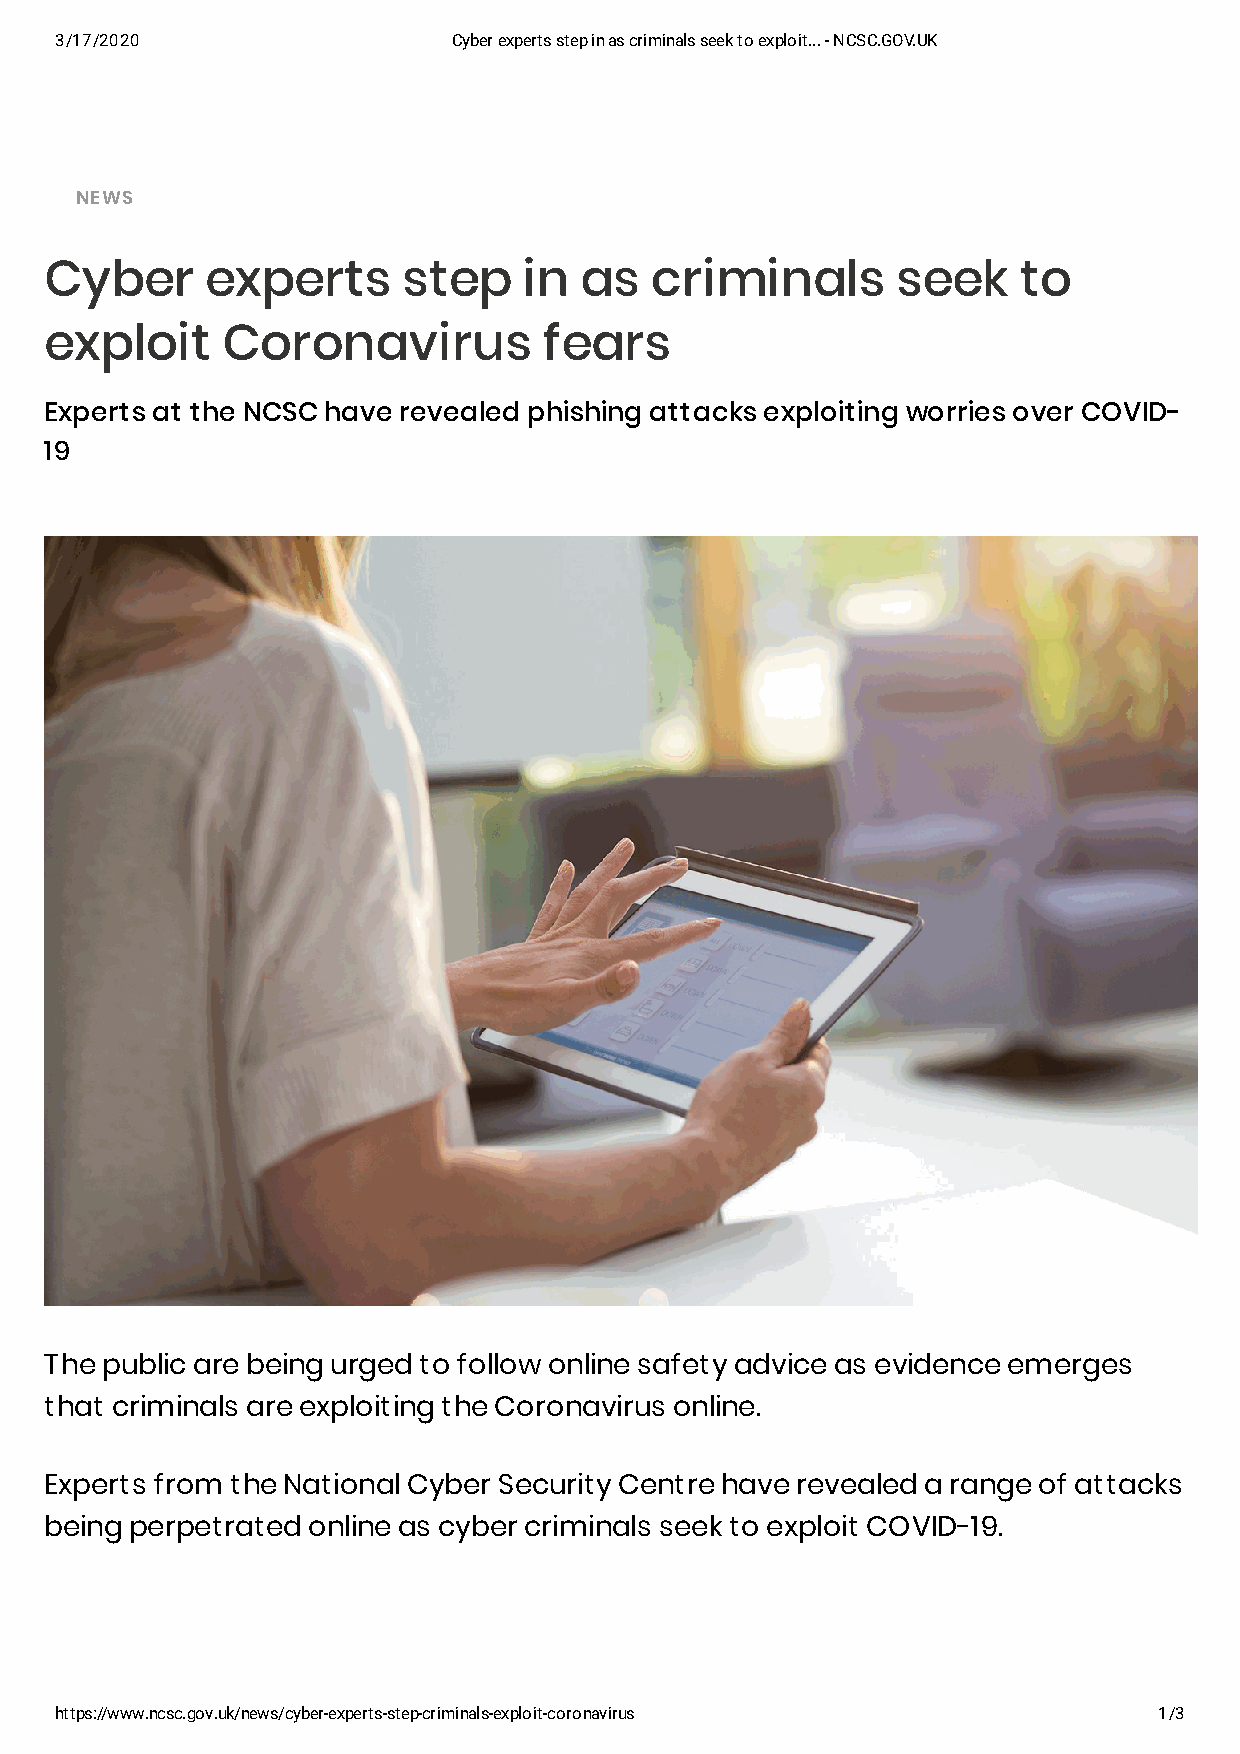
3/17/2020                 Cyber experts step in as criminals seek to exploit... - NCSC.GOV.UK
 NEWS
 Cyber      experts      step    in as   criminals       seek    to
 exploit     Coronavirus          fears
 Experts at the NCSC have revealed phishing attacks exploiting worries over COVID-
 19
 The public are being urged to follow online safety advice as evidence emerges
 that criminals are exploiting the Coronavirus online.
 Experts from the National Cyber Security Centre have revealed a range of attacks
 being perpetrated online as cyber criminals seek to exploit COVID-19.
 https://www.ncsc.gov.uk/news/cyber-experts-step-criminals-exploit-coronavirus 1/3